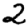
Digit: 2